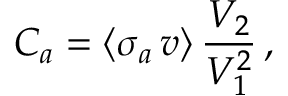
C _ { a } = \langle \sigma _ { a } \, v \rangle \, \frac { V _ { 2 } } { V _ { 1 } ^ { 2 } } \, ,